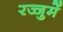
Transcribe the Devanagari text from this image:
रज्जुमें